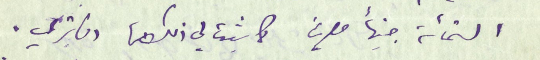
الستمائة جنيهاً مصرياً كما ثبت لي ذلك من دفاتري .